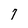
Character: 7